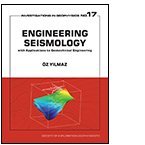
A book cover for Engineering Seismology with Applications to Geotechnical Engineering; Oz Yilmaz; Science & Math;